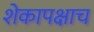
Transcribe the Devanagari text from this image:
शेकापक्षाच